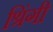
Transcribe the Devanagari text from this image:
श्रिंगी